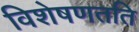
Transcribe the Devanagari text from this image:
विशेषणतति